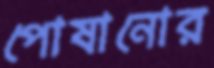
পোষানোর